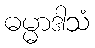
ဓမ္မာဒါသံ